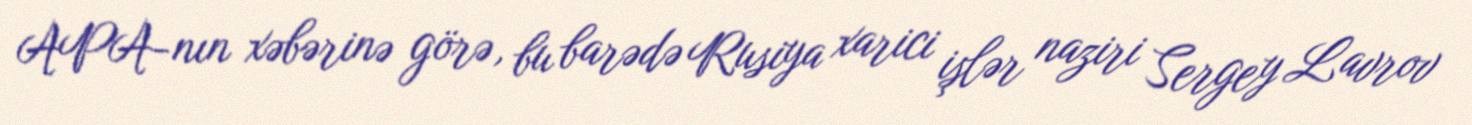
APA-nın xəbərinə görə, bu barədə Rusiya xarici işlər naziri Sergey Lavrov